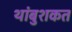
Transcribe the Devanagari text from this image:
थांबुशकत